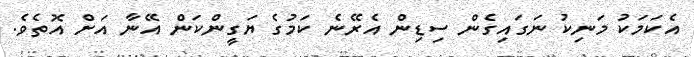
އެކަމަކު މަނިކު ނަގައިގެން ސިޑިން އެރޭނެ ކަމުގެ ޔަގީންކަން އޭނާ އަށް އޮތެވެ.